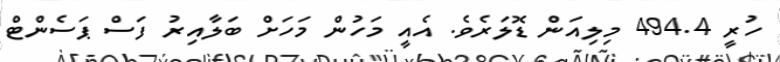
ހުރީ 494.4 މިލިއަން ޑޮލަރެވެ. އެއީ މަހުން މަހަށް ބަލާއިރު ފަސް ޕަސެންޓް